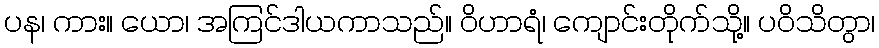
ပန၊ ကား။ ယော၊ အကြင်ဒါယကာသည်။ ဝိဟာရံ၊ ကျောင်းတိုက်သို့။ ပဝိသိတွာ၊